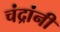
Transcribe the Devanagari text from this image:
चंद्रांनी